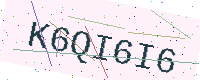
Text: K6QI6I6